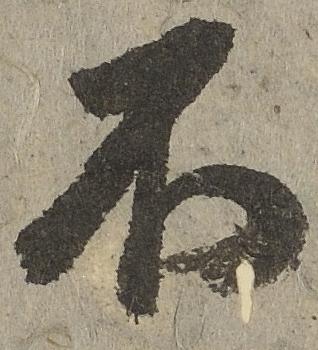
不